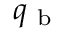
q _ { \mathrm { ~ b ~ } }